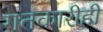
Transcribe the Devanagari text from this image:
गतकारीही